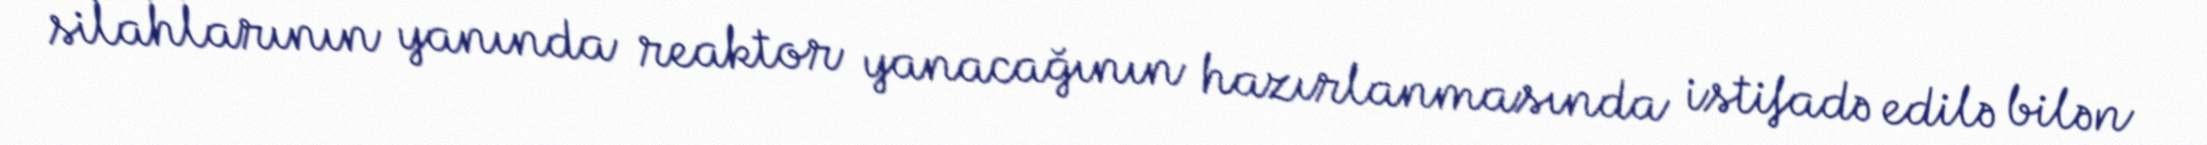
silahlarının yanında reaktor yanacağının hazırlanmasında istifadə edilə bilən